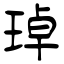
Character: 琸